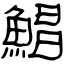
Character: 鯧